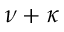
\nu + \kappa